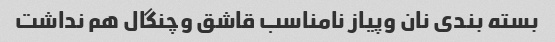
بسته بندی نان وپیاز نامناسب قاشق وچنگال هم نداشت